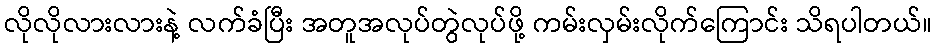
လိုလိုလားလားနဲ့ လက်ခံပြီး အတူအလုပ်တွဲလုပ်ဖို့ ကမ်းလှမ်းလိုက်ကြောင်း သိရပါတယ်။